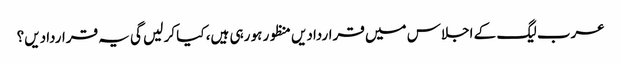
عرب لیگ کے اجلاس میں قراردادیں منظور ہو رہی ہیں، کیا کر لیں گی یہ قراردادیں؟